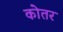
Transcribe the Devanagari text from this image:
कोतर